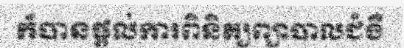
ក៏បានផ្តល់ការពិនិត្យព្យាបាលជំងឺ